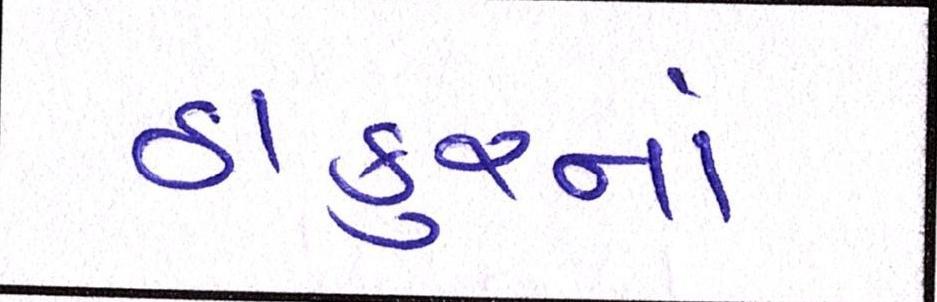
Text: ઠાકુરનાં